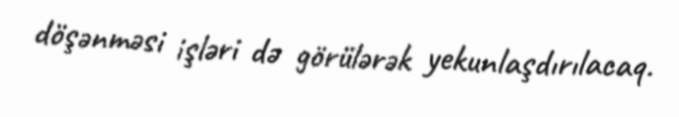
döşənməsi işləri də görülərək yekunlaşdırılacaq.